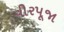
વીરપૂજા